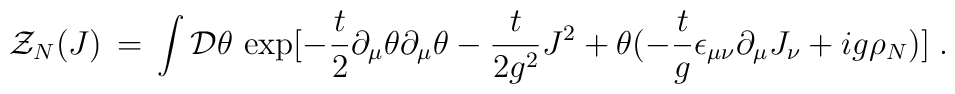
{\cal Z}_N (J) \,=\, \int {\cal D} \theta \, \exp [ - \frac{t}{2}\partial_{\mu} \theta \partial_{\mu} \theta - \frac{t}{2 g^2}J^2 + \theta ( - \frac{t}{g} \epsilon_{\mu \nu} \partial_{\mu}J_{\nu} + i g \rho_N ) ] \;.